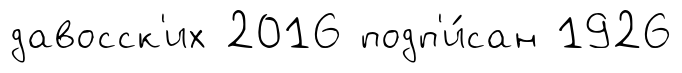
давосск'их 2016 подп'и́сан 1926